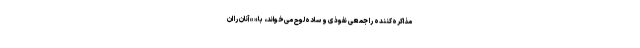
مذاکره‌کننده را جمعی نفوذی و ساده‌لوح می‌خواند، با « » آنان را ان